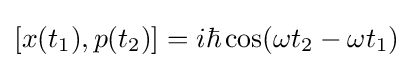
[x(t_{1}),p(t_{2})]=i\hbar \cos(\omega t_{2}-\omega t_{1})